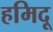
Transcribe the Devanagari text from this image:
हमिदू